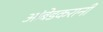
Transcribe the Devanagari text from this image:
आंबेडकरानी